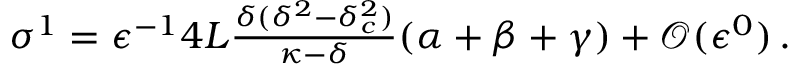
\begin{array} { r } { \sigma ^ { 1 } = \epsilon ^ { - 1 } 4 L \frac { \delta ( \delta ^ { 2 } - \delta _ { c } ^ { 2 } ) } { \kappa - \delta } ( \alpha + \beta + \gamma ) + \mathcal { O } ( \epsilon ^ { 0 } ) \, . } \end{array}